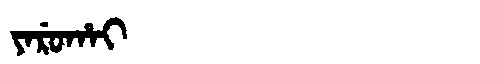
Manchu: ᠶᠠᡵᡠᡥᠠᡳ
Romanization: YARUHAI